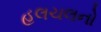
હલચલનો